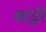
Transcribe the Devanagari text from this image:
आंड्री